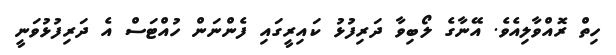
ހިތް ރޮއްވާލިއެވެ. އޭނާގެ ލޯބިވާ ދަރިފުޅު ކައިރީގައި ފެންނަން ހުއްޓަސް އެ ދަރިފުޅުވަނީ